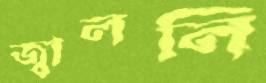
জ্বাললি